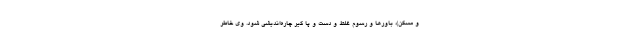
و مسکن)، باورها و رسوم غلط و دست و پا گیر چاره‌اندیشی شود. وی خاطر